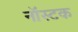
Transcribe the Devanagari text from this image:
नॉस्टक